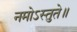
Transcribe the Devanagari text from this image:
नमोऽस्तुते॥